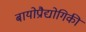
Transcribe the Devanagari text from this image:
बायोप्रौद्योगिकी